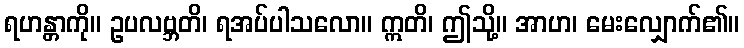
ရဟန္တာကို။ ဥပလဗ္ဘတိ၊ ရအပ်ပါသလော။ ဣတိ၊ ဤသို့။ အာဟ၊ မေးလျှောက်၏။